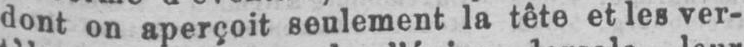
dont on aperçoit seulement la tête et les ver-